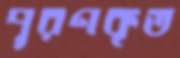
পূরণকৃত